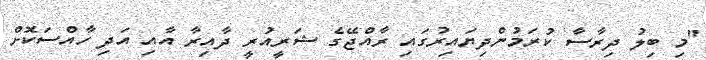
"މި ބިލު ދިރާސާ ކުރަމުންދިޔައިރުގައި ރާއްޖޭގެ ޝަރީއުރީ ދާއިރާ އާއި އަދި ހާއްސަކޮށް